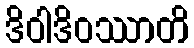
ဒိဝါဒိဝဿာတိ